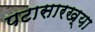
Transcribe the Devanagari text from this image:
पटासारख्या